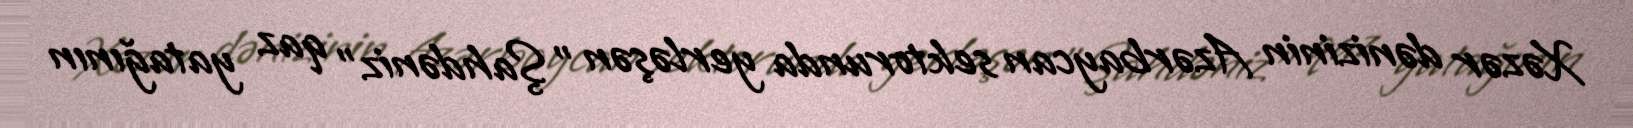
Xəzər dənizinin Azərbaycan sektorunda yerləşən "Şahdəniz" qaz yatağının